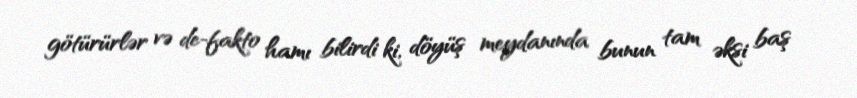
götürürlər və de-fakto hamı bilirdi ki, döyüş meydanında bunun tam əksi baş